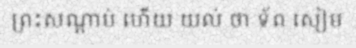
ព្រះសណ្តាប់ ហើយ យល់ ថា ទ័ព សៀម